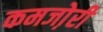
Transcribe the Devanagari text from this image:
कमजो़री